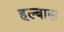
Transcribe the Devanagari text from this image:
हल्बास